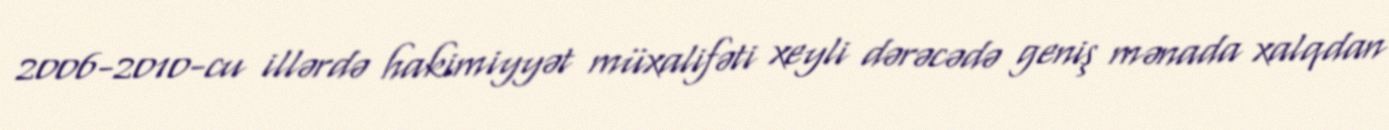
2006-2010-cu illərdə hakimiyyət müxalifəti xeyli dərəcədə geniş mənada xalqdan